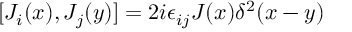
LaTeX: [ J _ { i } ( x ) , J _ { j } ( y ) ] = 2 i \epsilon _ { i j } J ( x ) \delta ^ { 2 } ( x - y )